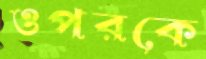
ওপরকে